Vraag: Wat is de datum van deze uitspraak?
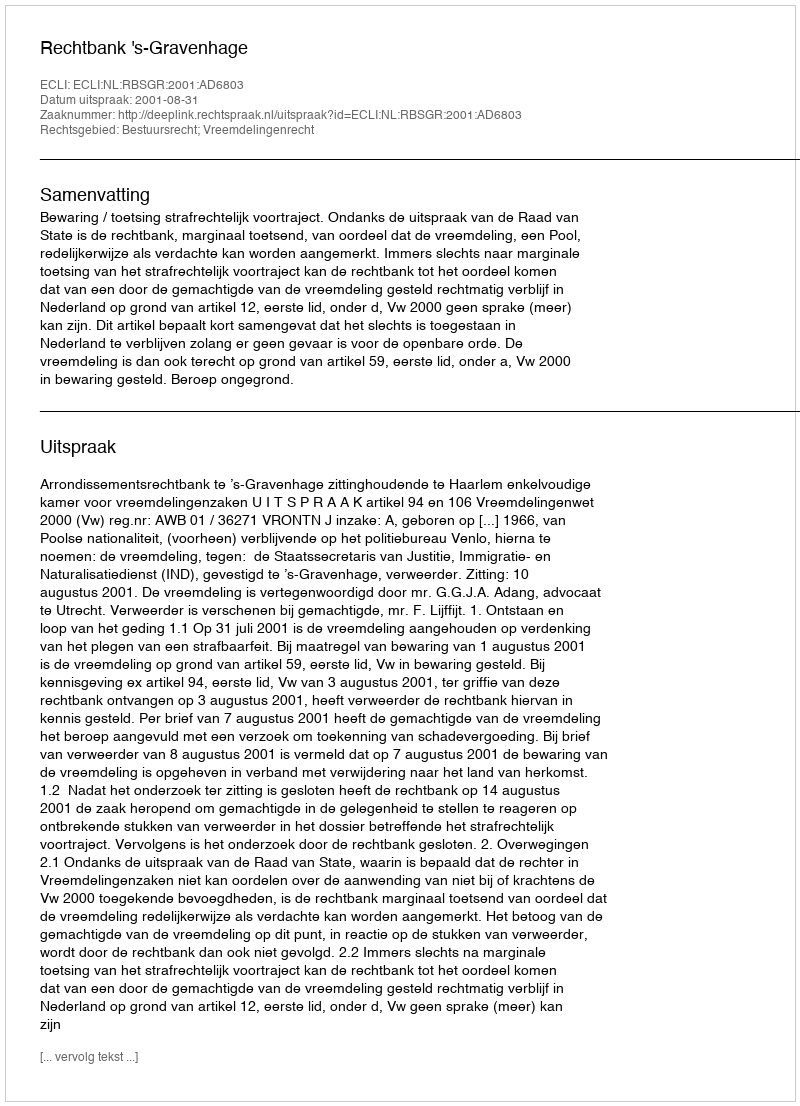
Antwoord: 2001-08-31